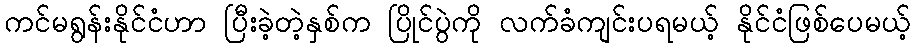
ကင်မရွန်းနိုင်ငံဟာ ပြီးခဲ့တဲ့နှစ်က ပြိုင်ပွဲကို လက်ခံကျင်းပရမယ့် နိုင်ငံဖြစ်ပေမယ့်